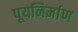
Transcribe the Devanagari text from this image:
पूयनिर्माण